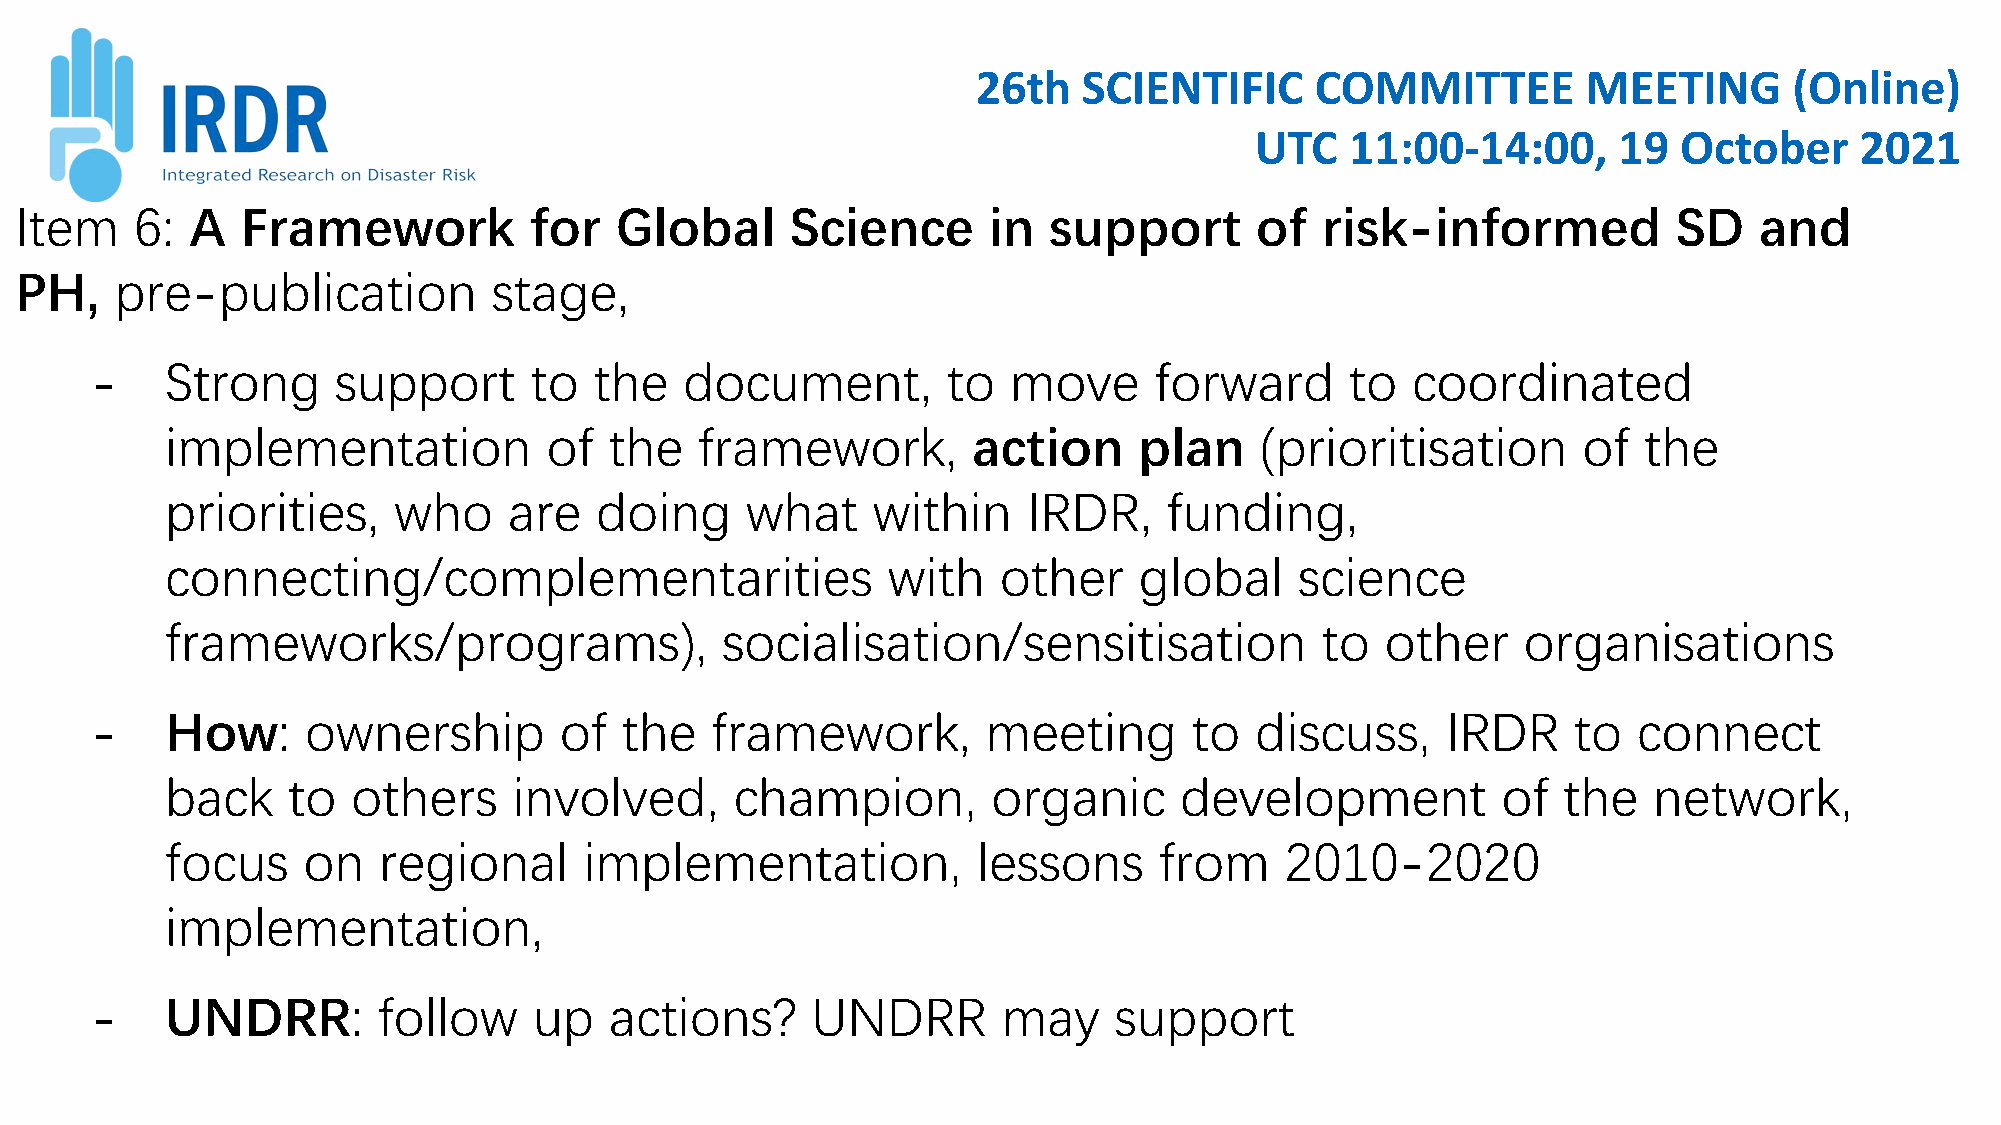
26th   SCIENTIFIC     COMMITTEE         MEETING       (Online)
 UTC   11:00-14:00,      19  October     2021
 Item    6:  A  Framework          for   Global     Science      in  support       of  risk-informed           SD   and
 PH,    pre-publication          stage,
 -    Strong     support      to  the   document,         to  move     forward      to  coordinated
 implementation           of  the   framework,        action     plan    (prioritisation       of  the
 priorities,    who     are  doing     what     within    IRDR,    funding,
 connecting/complementarities                    with   other    global     science
 frameworks/programs),                socialisation/sensitisation            to   other    organisations
 -    How:     ownership        of  the   framework,        meeting       to  discuss,     IRDR    to  connect
 back    to  others     involved,      champion,        organic     development          of  the   network,
 focus    on   regional      implementation,           lessons     from    2010-2020
 implementation,
 -    UNDRR:        follow    up   actions?      UNDRR       may     support